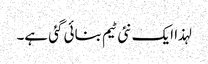
لہذا ایک نئی ٹیم بنائی گئی ہے۔